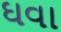
ઘવા